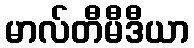
မာလ်တီမီဒီယာ